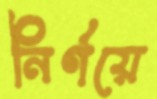
নির্ণয়ে